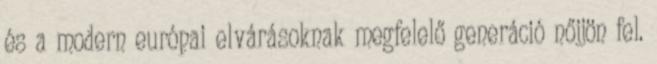
és a modern európai elvárásoknak megfelelő generáció nőjjön fel.